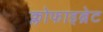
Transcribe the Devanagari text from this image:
क्लोफाइब्रेट